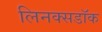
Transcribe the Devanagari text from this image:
लिनक्सडॉक